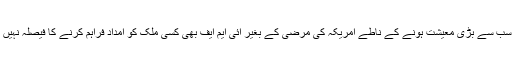
دنیا کی سب سے بڑی معیشت ہونے کے ناطے امریکہ کی مرضی کے بغیر آئی ایم ایف بھی کسی ملک کو امداد فراہم کرنے کا فیصلہ نہیں کرسکتا۔